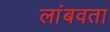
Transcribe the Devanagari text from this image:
लांबवता